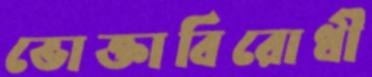
ভোক্তাবিরোধী